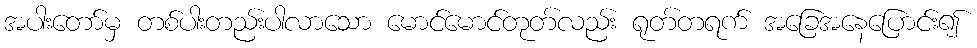
အပါးတော်မှ တစ်ပါးတည်းပါလာသော မောင်မောင်တုတ်လည်း ရုတ်တရက် အခြေအနေပြောင်း၍